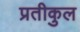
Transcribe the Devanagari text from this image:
प्रतीकुल